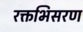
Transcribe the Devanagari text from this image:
रक्तभिसरण